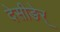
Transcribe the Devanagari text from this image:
देसीङेर्